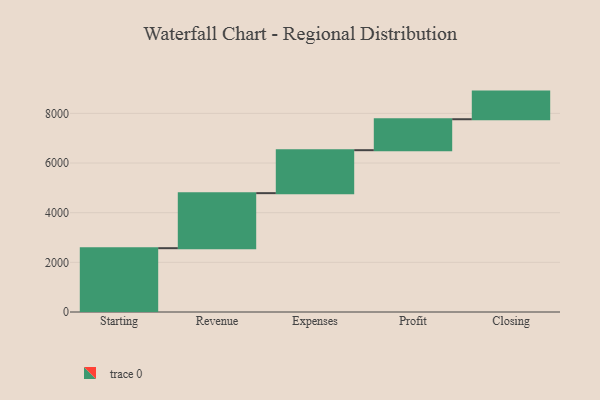
{"axis": {"x": "Step", "y": "Value"}, "legend": [""], "data": [{"x": "Starting", "y": 2570.0, "type": ""}, {"x": "Revenue", "y": 2217.0, "type": ""}, {"x": "Expenses", "y": 1730.0, "type": ""}, {"x": "Profit", "y": 1247.0, "type": ""}, {"x": "Closing", "y": 1113.0, "type": ""}]}